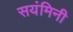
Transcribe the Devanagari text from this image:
सयंमिनी